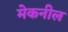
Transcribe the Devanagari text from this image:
मेकनील